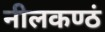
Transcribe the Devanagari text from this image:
नीलकण्ठं